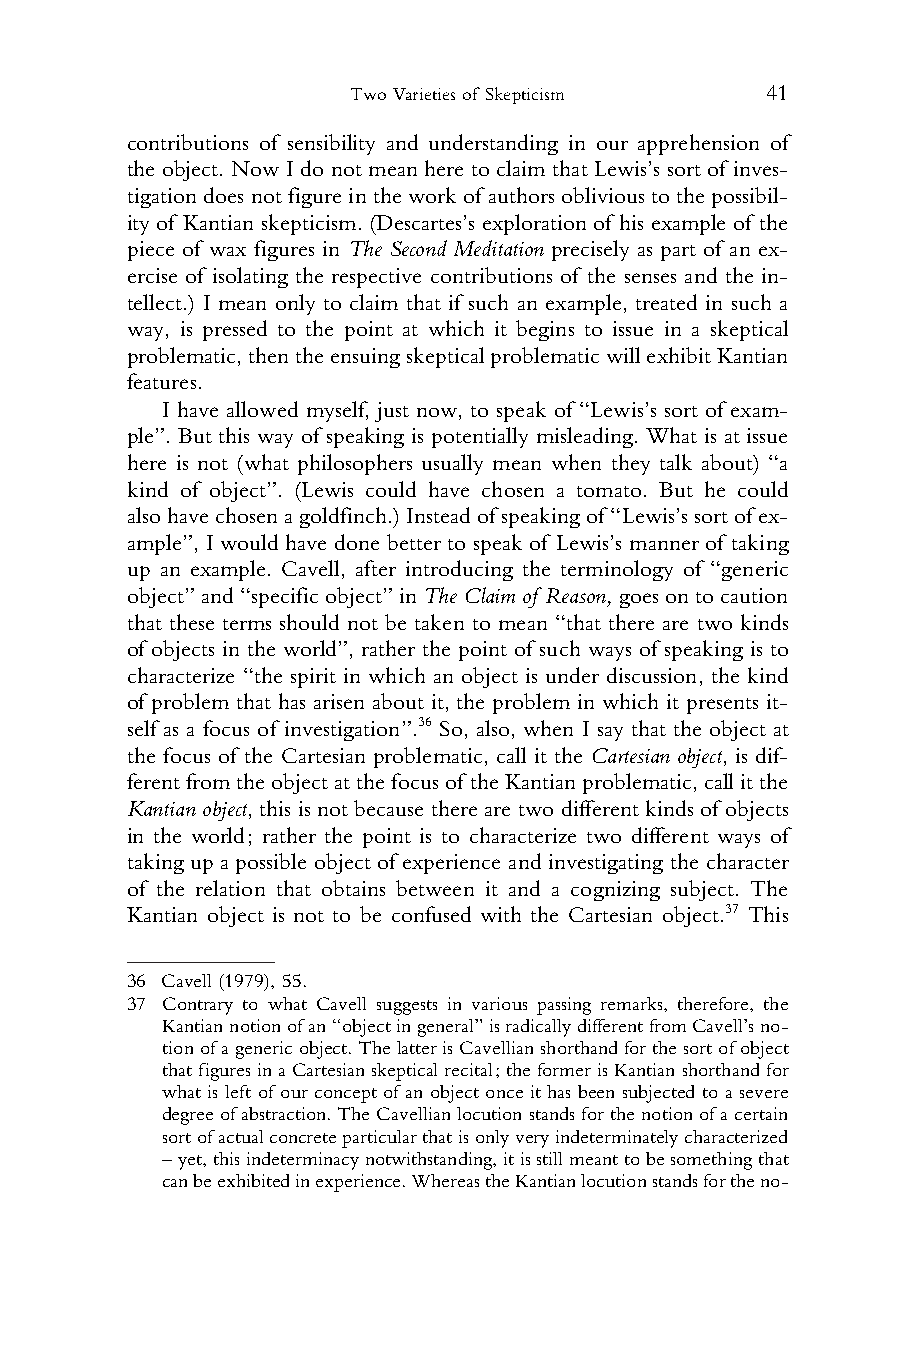
Two Varieties of Skepticism 41
 1 contributions of sensibility and understanding in our apprehension of
 2 the object. Now I do not mean here to claim that Lewis’s sort of inves-
 3 tigation doesnot figureintheworkof authors oblivioustothepossibil-
 4 ity of Kantian skepticism. (Descartes’s exploration of his example of the
 5 piece of wax figures in The Second Meditation precisely as part of an ex-
 6 ercise of isolating the respective contributions of the senses and the in-
 7 tellect.) I mean only to claim that if such an example, treated in such a
 8 way, is pressed to the point at which it begins to issue in a skeptical
 9 problematic,thentheensuingskepticalproblematicwillexhibitKantian
 10 features.
 11    I have allowed myself, just now, to speak of “Lewis’s sort of exam-
 12 ple”. But this way of speaking is potentially misleading. What is at issue
 13 here is not (what philosophers usually mean when they talk about) “a
 14 kind of object”. (Lewis could have chosen a tomato. But he could
 15 alsohavechosenagoldfinch.)Insteadofspeakingof“Lewis’ssortofex-
 16 ample”, I would have done better to speak of Lewis’s manner of taking
 17 up an example. Cavell, after introducing the terminology of “generic
 18 object”and“specificobject”inTheClaimof Reason,goesontocaution
 19 that these terms should not be taken to mean “that there are two kinds
 20 of objects in the world”, rather the point of such ways of speaking is to
 21 characterize “the spirit in which an object is under discussion, the kind
 22 of problem that has arisen about it, the problem in which it presents it-
 23 self as a focus of investigation”.36 So, also, when I say that the object at
 24 the focus of the Cartesian problematic, call it the Cartesian object, is dif-
 25 ferentfromtheobjectatthefocusof theKantianproblematic,callitthe
 26 Kantian object, this is not because there are two different kinds of objects
 27 in the world; rather the point is to characterize two different ways of
 28 taking up a possible object of experience and investigating the character
 29 of the relation that obtains between it and a cognizing subject. The
 30 Kantian object is not to be confused with the Cartesian object.37 This
 31
 32
 36 Cavell (1979), 55.
 33
 37 Contrary to what Cavell suggests in various passing remarks, therefore, the
 34    Kantiannotionofan“objectingeneral”isradicallydifferentfromCavell’sno-
 35    tionofagenericobject.ThelatterisCavellianshorthandforthesortofobject
 36    thatfiguresinaCartesianskepticalrecital;theformerisKantianshorthandfor
 what is left of our concept of an object once it has been subjected to a severe
 37
 degreeofabstraction.TheCavellianlocutionstandsforthenotionofacertain
 38
 sortofactualconcreteparticularthatisonlyveryindeterminatelycharacterized
 39    –yet,thisindeterminacynotwithstanding,itisstillmeanttobesomethingthat
 40    canbeexhibitedinexperience.WhereastheKantianlocutionstandsfortheno-